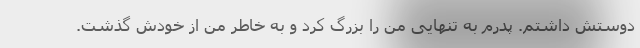
دوستش داشتم. پدرم به تنهایی من را بزرگ کرد و به خاطر من از خودش گذشت.